Report on vaccination in the Province of Bengal - 1869-1873
Year: 1869
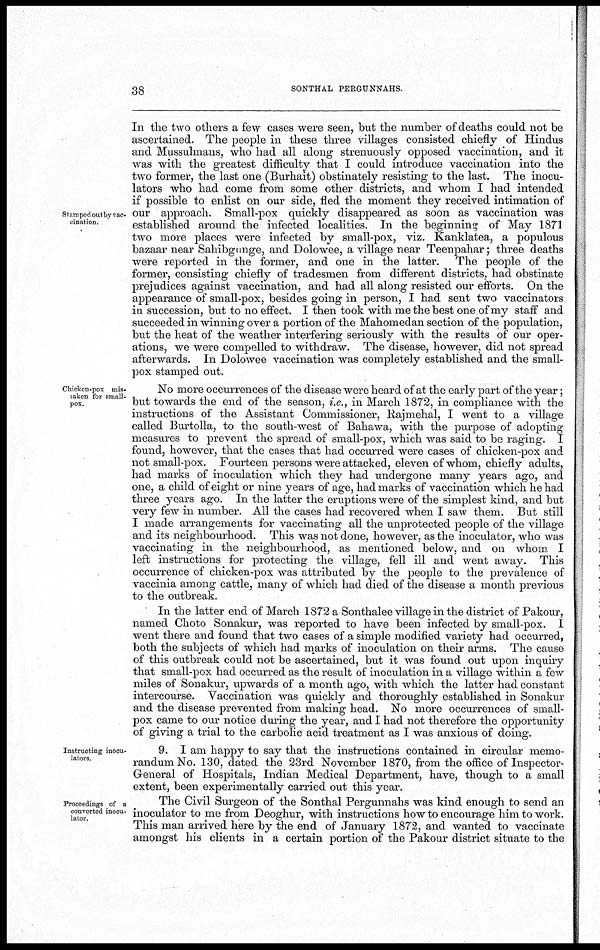
38
SONTHAL PERGUNNAHS.
Stamped out by vac-
cination.
In the two others a few cases were seen, but the number of deaths could not be
ascertained. The people in these three villages consisted chiefly of Hindus
and Mussulmans, who had all along strenuously opposed vaccination, and it
was with the greatest difficulty that I could introduce vaccination into the
two former, the last one (Burhait) obstinately resisting to the last. The inocu-
lators who had come from some other districts, and whom I had intended
if possible to enlist on our side, fled the moment they received intimation of
our approach. Small-pox quickly disappeared as soon as vaccination was
established around the infected localities. In the beginning of May 1871
two more places were infected by small-pox, viz. Kanklatea, a populous
bazaar near Sahibgunge, and Dolowee, a village near Teenpahar; three deaths
were reported in the former, and one in the latter. The people of the
former, consisting chiefly of tradesmen from different districts, had obstinate
prejudices against vaccination, and had all along resisted our efforts. On the
appearance of small-pox, besides going in person, I had sent two vaccinators
in succession, but to no effect. I then took with me the best one of my staff and
succeeded in winning over a portion of the Mahomedan section of the population,
but the heat of the weather interfering seriously with the results of our oper-
ations, we were compelled to withdraw. The disease, however, did not spread
afterwards. In Dolowee vaccination was completely established and the small-
pox stamped out.
Chicken-pox mis-
taken for small-
pox.
No more occurrences of the disease were heard of at the early part of the year;
but towards the end of the season, i.e., in March 1872, in compliance with the
instructions of the Assistant Commissioner, Rajmehal, I went to a village
called Burtolla, to the south-west of Bahawa, with the purpose of adopting
measures to prevent the spread of small-pox, which was said to be raging. I
found, however, that the cases that had occurred were cases of chicken-pox and
not small-pox. Fourteen persons were attacked, eleven of whom, chiefly adults,
had marks of inoculation which they had undergone many years ago, and
one, a child of eight or nine years of age, had marks of vaccination which he had
three years ago. In the latter the eruptions were of the simplest kind, and but
very few in number. All the cases had recovered when I saw them. But still
I made arrangements for vaccinating all the unprotected people of the village
and its neighbourhood. This was not done, however, as the inoculator, who was
vaccinating in the neighbourhood, as mentioned below, and on whom I
left instructions for protecting the village, fell ill and went away. This
occurrence of chicken-pox was attributed by the people to the prevalence of
vaccinia among cattle, many of which had died of the disease a month previous
to the outbreak.
In the latter end of March 1872 a Sonthalee village in the district of Pakour,
named Choto Sonakur, was reported to have been infected by small-pox. I
went there and found that two cases of a simple modified variety had occurred,
both the subjects of which had marks of inoculation on their arms. The cause
of this outbreak could not be ascertained, but it was found out upon inquiry
that small-pox had occurred as the result of inoculation in a village within a few
miles of Sonakur, upwards of a month ago, with which the latter had constant
intercourse. Vaccination was quickly and thoroughly established in Sonakur
and the disease prevented from making head. No more occurrences of small-
pox came to our notice during the year, and I had not therefore the opportunity
of giving a trial to the carbolic acid treatment as I was anxious of doing.
Instructing inocu-
lators.
9. I am happy to say that the instructions contained in circular memo-
randum No. 130, dated the 23rd November 1870, from the office of Inspector-
General of Hospitals, Indian Medical Department, have, though to a small
extent, been experimentally carried out this year.
Proceedings of a
converted inocu-
lator.
The Civil Surgeon of the Sonthal Pergunnahs was kind enough to send an
inoculator to me from Deoghur, with instructions how to encourage him to work.
This man arrived here by the end of January 1872, and wanted to vaccinate
amongst his clients in a certain portion of the Pakour district situate to the